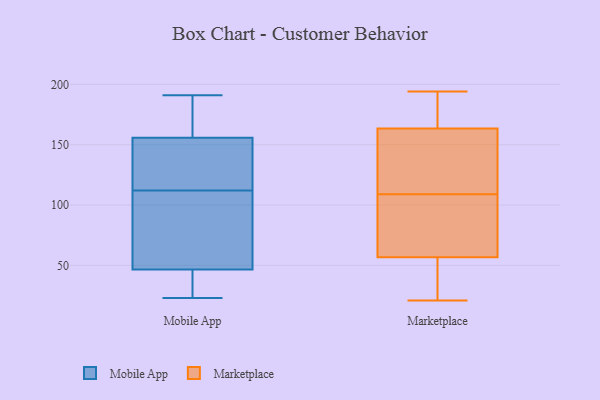
{"axis": {"x": "Revenue (USD Million)", "y": "Value"}, "legend": ["Marketplace", "Mobile App"], "data": [{"x": "", "y": 138, "type": "Mobile App"}, {"x": "", "y": 157, "type": "Mobile App"}, {"x": "", "y": 112, "type": "Mobile App"}, {"x": "", "y": 182, "type": "Mobile App"}, {"x": "", "y": 152, "type": "Mobile App"}, {"x": "", "y": 191, "type": "Mobile App"}, {"x": "", "y": 108, "type": "Mobile App"}, {"x": "", "y": 25, "type": "Mobile App"}, {"x": "", "y": 23, "type": "Mobile App"}, {"x": "", "y": 134, "type": "Mobile App"}, {"x": "", "y": 179, "type": "Mobile App"}, {"x": "", "y": 33, "type": "Mobile App"}, {"x": "", "y": 86, "type": "Mobile App"}, {"x": "", "y": 69, "type": "Mobile App"}, {"x": "", "y": 39, "type": "Mobile App"}, {"x": "", "y": 121, "type": "Marketplace"}, {"x": "", "y": 68, "type": "Marketplace"}, {"x": "", "y": 108, "type": "Marketplace"}, {"x": "", "y": 21, "type": "Marketplace"}, {"x": "", "y": 187, "type": "Marketplace"}, {"x": "", "y": 128, "type": "Marketplace"}, {"x": "", "y": 150, "type": "Marketplace"}, {"x": "", "y": 46, "type": "Marketplace"}, {"x": "", "y": 109, "type": "Marketplace"}, {"x": "", "y": 42, "type": "Marketplace"}, {"x": "", "y": 53, "type": "Marketplace"}, {"x": "", "y": 194, "type": "Marketplace"}, {"x": "", "y": 168, "type": "Marketplace"}, {"x": "", "y": 169, "type": "Marketplace"}, {"x": "", "y": 68, "type": "Marketplace"}]}